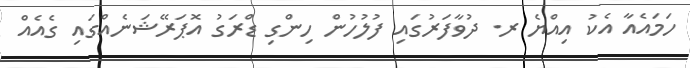
ހަމައެއާ އެކު އިއްޔެ ރ. ދުވާފަރުގައި ފުލުހުން ހިންގި ޑްރަގު އޮޕަރޭޝަނެއްގައި ގެއެއް